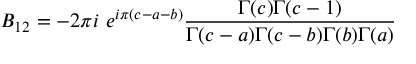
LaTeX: B _ { 1 2 } = - 2 \pi i ~ e ^ { i \pi ( c - a - b ) } \frac { \Gamma ( c ) \Gamma ( c - 1 ) } { \Gamma ( c - a ) \Gamma ( c - b ) \Gamma ( b ) \Gamma ( a ) }